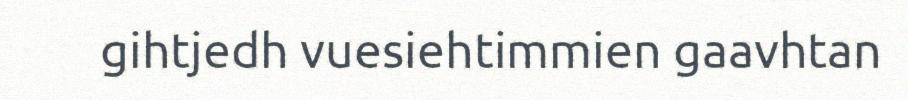
gihtjedh vuesiehtimmien gaavhtan